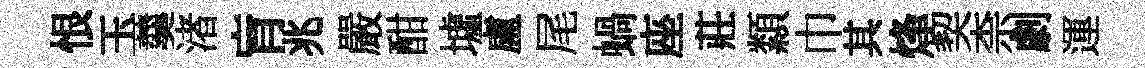
恨玉羹渚肓兆嚴酣墟盧尾蝸座莊纇巾其烽契柰劇運